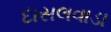
દાસલવાડા